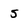
Character: 5